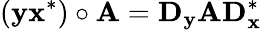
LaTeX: \left(\mathbf{y}\mathbf{x}^{*}\right)\circ\mathbf{A}=\mathbf{D}_{\mathbf{y}}\mathbf{A}\mathbf{D}_{\mathbf{x}}^{*}